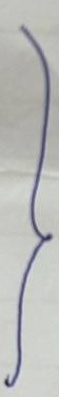
}